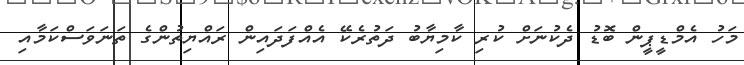
މަހު އެމްޑީޕީން ބޮޑު ދެކުނަށް ކުރި ކާމިޔާބު ދަތުރެކޭ އެއްފަދައިން ރައްޔިތުންގެ ތަނަވަސްކަމާއި